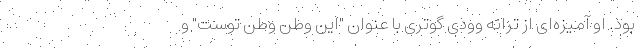
بود. او آمیزه‌ای از ترانه وودی گوتری با عنوان "این وطن وطن توست" و